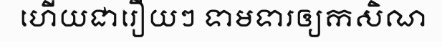
ហើយជារឿយៗ ទាមទារឲ្យកសិណ